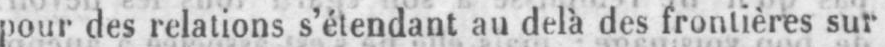
pour des relations s’étendant au delà des frontières sur